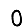
Digit: 0